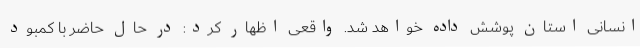
انسانی استان پوشش داده خواهد شد. واقعی اظهار کرد: در حال حاضر با کمبود